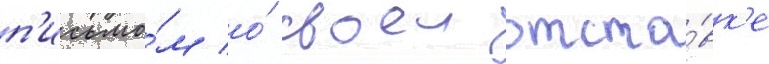
п'исьмо́м о́ своеи отста́вк'е